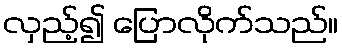
လှည့်၍ ပြောလိုက်သည်။